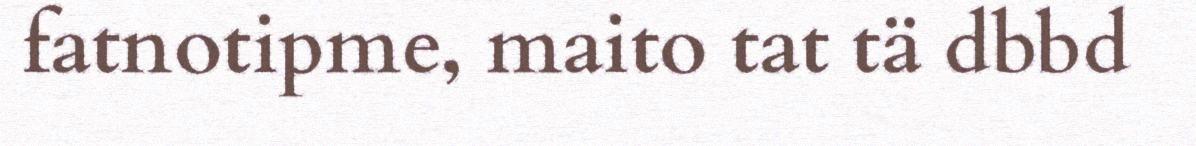
fatnotipme, maito tat tä dbbd